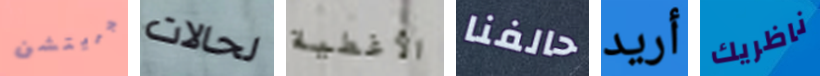
جريتشن لحالات الأغطية حالفنا أريد ناظريك